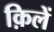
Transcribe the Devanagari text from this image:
क़िलें